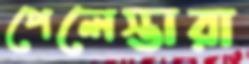
পেলেস্তারা